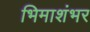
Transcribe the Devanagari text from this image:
भिमाशंभर